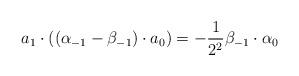
LaTeX: \begin{align*}a_1 \cdot ((\alpha_{-1} - \beta_{-1}) \cdot a_0) = -\frac{1}{2^2} \beta_{-1} \cdot \alpha_0\end{align*}